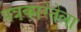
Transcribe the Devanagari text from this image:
पत्रकारेतेला